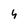
Character: 4